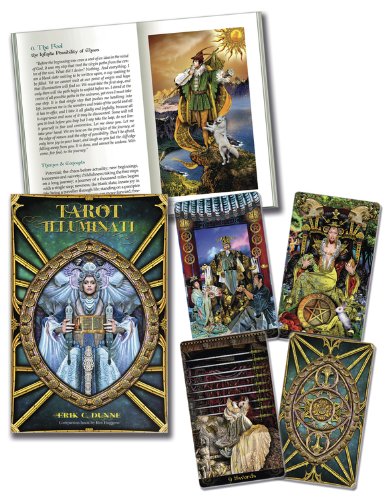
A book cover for Tarot Illuminati Kit; Kim Huggens; Humor & Entertainment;